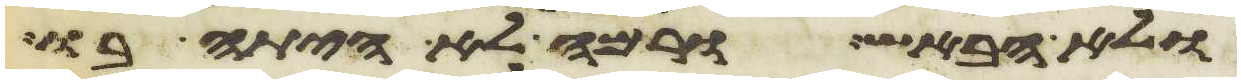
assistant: ולא הבאיש ורמה לא היתה בו